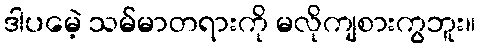
ဒါပမေဲ့ သမ်မာတရားကို မလိုကျစားကွဘူး။